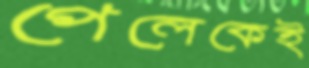
পেলেকেই